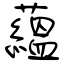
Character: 蘊